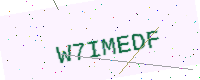
Text: W7IMEDF